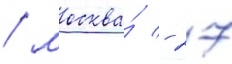
/ москва́ - 27